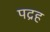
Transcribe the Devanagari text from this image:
पद्रह